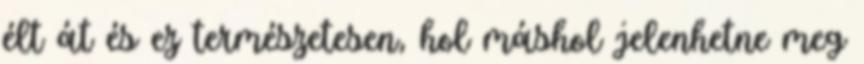
élt át és ez természetesen, hol máshol jelenhetne meg